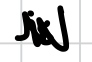
Text: is
Cross-out: mix
Writing tool: digital_black